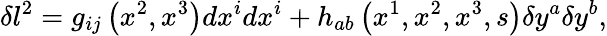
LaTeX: \delta l^{2}=g_{ij}\left(x^{2},x^{3}\right)dx^{i}dx^{i}+h_{ab}\left(x^{1},x^{2},x^{3},s\right)\delta y^{a}\delta y^{b},